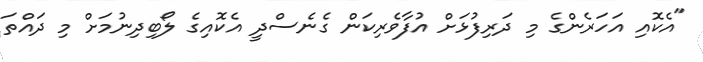
"އެކޮއި އަހަރެންގެ މި ދަރިފުޅަށް އުފާވެރިކަން ގެނެސްދީ އެކޮއިގެ ލޯބިދިނުމަށް މި ދައްތަ